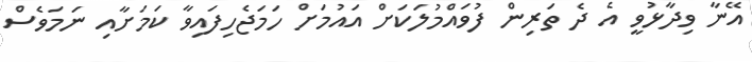
އޭނާ ވިދާޅުވީ އެ ދެ ތަރިން ފުވައްމުލަކަށް އައުމަށް ހަމަޖެހިފައިވާ ކަމަށާއި ނަމަވެސް